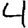
Digit: 4